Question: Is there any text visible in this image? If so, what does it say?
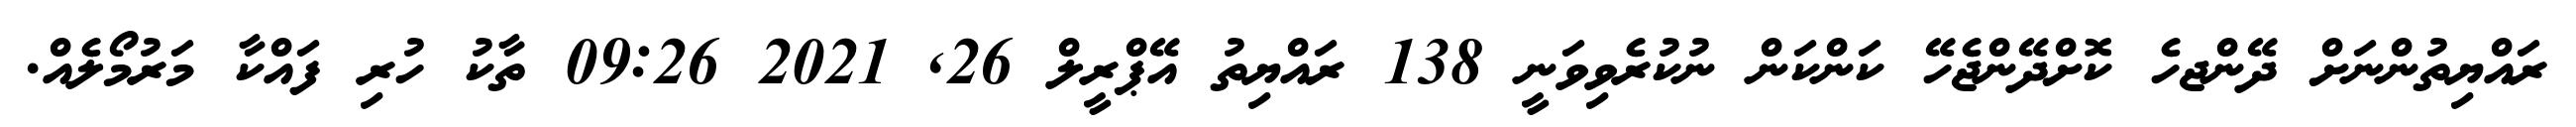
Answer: ރައްޔިތުންނަށް ދޭންޖހެ ކޮށްދޭންޖެހޭ ކަންކަން ނުކުރެވިވަނީ 138 ރައްޔިތު އޭޕްރީލް 26, 2021 09:26 ތާކު ހުރި ފައްކާ މަރުމޯލެއް.